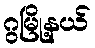
ဂွမြို့နယ်